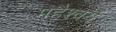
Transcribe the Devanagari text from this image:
महैश्वर्य